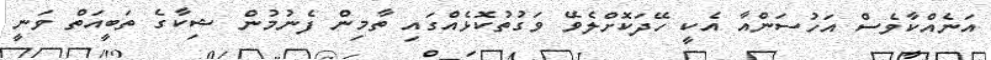
އަނެއްކާވެސް އަހުސަންއާ އެކީ ހޭދަކޮށްލެވޭ ވަގުތުކޮޅެއްގައި ތާމިން ފެނުމުން ޝިކާގެ ތަބީއަތް ވަނީ